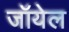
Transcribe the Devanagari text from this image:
जॉयेल